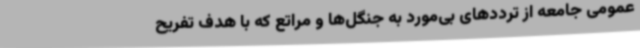
عمومی جامعه از ترددهای بی‌مورد به جنگل‌ها و مراتع که با هدف تفریح